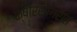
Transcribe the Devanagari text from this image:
क्षीरसागरात